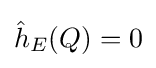
{\hat {h}}_{E}(Q)=0